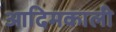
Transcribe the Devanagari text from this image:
आदिमकाली